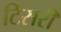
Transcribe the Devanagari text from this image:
टिसरी